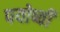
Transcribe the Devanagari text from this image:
पयोष्वी